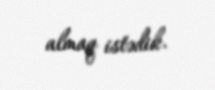
almaq istədik.